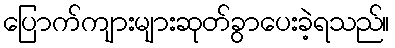
ပြောက်ကျားများဆုတ်ခွာပေးခဲ့ရသည်။